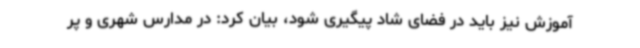
آموزش نیز باید در فضای شاد پیگیری شود، بیان کرد: در مدارس شهری و پر